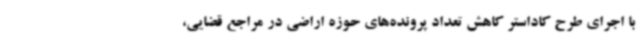
با اجرای طرح کاداستر کاهش تعداد پرونده‌های حوزه اراضی در مراجع قضایی،